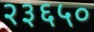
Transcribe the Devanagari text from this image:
२३६५०